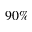
9 0 \%